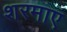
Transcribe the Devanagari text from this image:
शरमाए